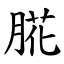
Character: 㬸